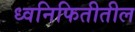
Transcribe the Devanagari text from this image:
ध्वनिफितीतील